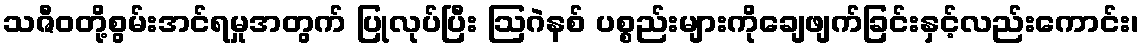
သဇီဝတို့စွမ်းအင်ရမှုအတွက် ပြုလုပ်ပြီး ဩဂဲနစ် ပစ္စည်းများကိုချေဖျက်ခြင်းနှင့်လည်းကောင်း၊